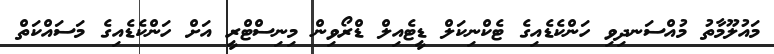
މައުލޫމާތު މުއްސަނދިވި ހަންކެޑެއިގެ ޓެކްނިކަލް ޑީޓެއިލް ޑްރޯވިން މިނިސްޓްރީ އަށް ހަންކެޑެއިގެ މަސައްކަތް